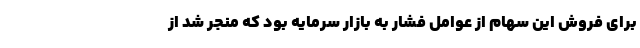
برای فروش این سهام از عوامل فشار به بازار سرمایه بود که منجر شد از